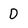
Character: D